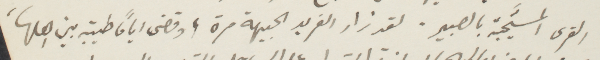
القرى المستجيبة بالصبير. لقد زار الفريد الجبهة مرة، وقضى أيامًا طيبة بين اهلاه